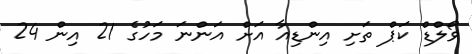
ވޯލްޑް ކަޕް ތަށި އިންޑިއާ އަށް އަންނަ މަހުގެ 21 އިން 24